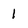
Character: l